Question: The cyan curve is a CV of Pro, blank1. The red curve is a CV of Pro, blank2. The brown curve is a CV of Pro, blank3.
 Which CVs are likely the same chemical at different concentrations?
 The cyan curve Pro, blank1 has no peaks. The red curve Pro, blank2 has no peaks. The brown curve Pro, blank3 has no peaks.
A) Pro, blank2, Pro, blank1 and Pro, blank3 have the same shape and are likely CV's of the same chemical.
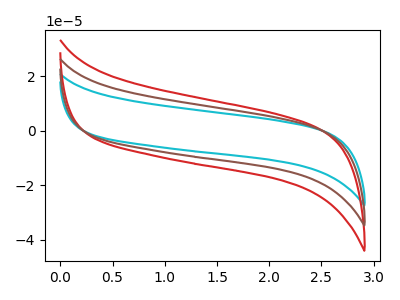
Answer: <think>Neither "Pro, blank1" or "Pro, blank2" have any peaks. Neither "Pro, blank1" or "Pro, blank3" have any peaks. Neither "Pro, blank2" or "Pro, blank3" have any peaks.
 </think>
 <answer>A) "Pro, blank2", "Pro, blank1" and "Pro, blank3" have the same shape and are likely CV's of the same chemical.</answer>
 <eval>A</eval>